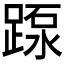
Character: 𨂽